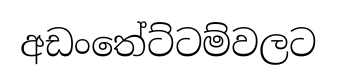
අඩංතේට්ටම්වලට